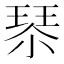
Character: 𰢇